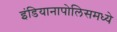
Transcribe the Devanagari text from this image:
इंडियानापोलिसमध्ये